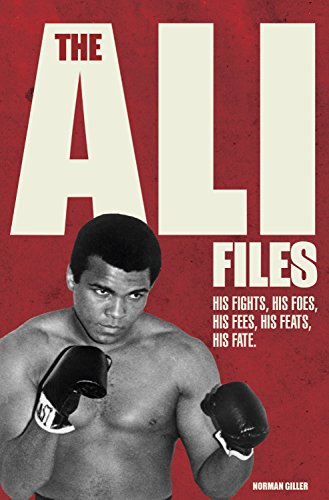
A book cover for The Ali Files: His Fights, His Foes, His Fees, His Feats, His Fate; Norman Giller; Biographies & Memoirs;